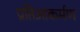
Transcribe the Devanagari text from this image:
प्रतिआकर्मण